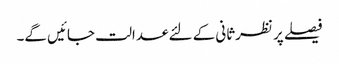
فیصلے پر نظرثانی کے لئے عدالت جائیں گے۔